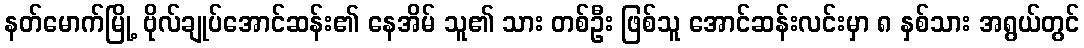
နတ်မောက်မြို့ ဗိုလ်ချုပ်အောင်ဆန်း၏ နေအိမ် သူ၏ သား တစ်ဦး ဖြစ်သူ အောင်ဆန်းလင်းမှာ ၈ နှစ်သား အရွယ်တွင်